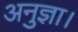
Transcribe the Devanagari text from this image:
अनुज्ञा।